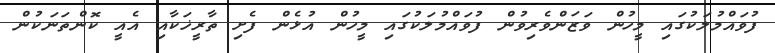
ފުވައްމުލަކުގައި މީހުން ވަޒަންވެރިވުން ފުވައްމުލަކުގައި މީހުން އުޅެން ފެށި ތާރީޚަކާއި އެއީ ކޮންތަނަކުން